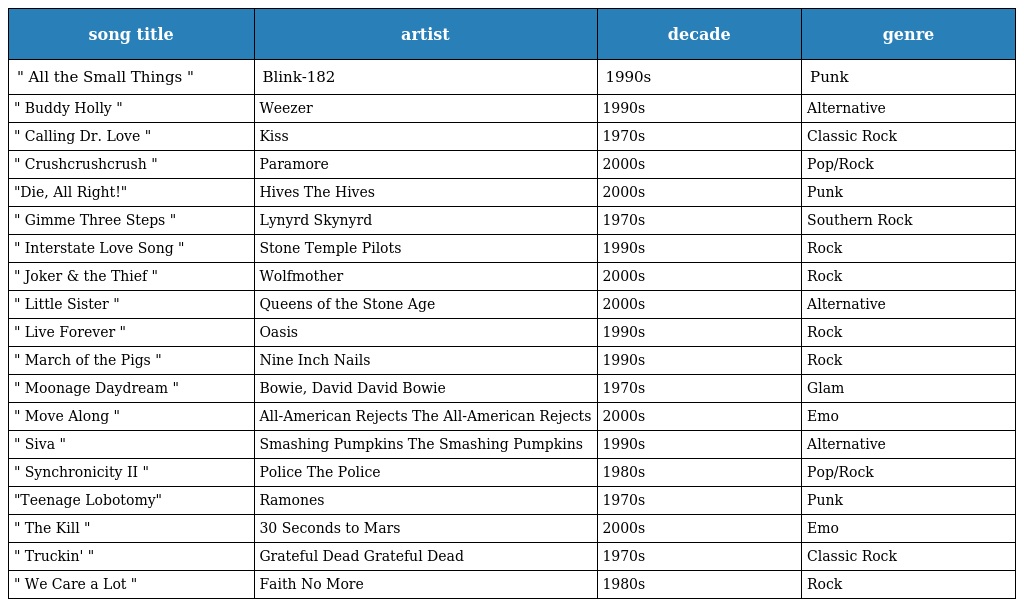
| song title | artist | decade | genre |
 | --- | --- | --- | --- |
 | " All the Small Things " | Blink-182 | 1990s | Punk |
 | " Buddy Holly " | Weezer | 1990s | Alternative |
 | " Calling Dr. Love " | Kiss | 1970s | Classic Rock |
 | " Crushcrushcrush " | Paramore | 2000s | Pop/Rock |
 | "Die, All Right!" | Hives The Hives | 2000s | Punk |
 | " Gimme Three Steps " | Lynyrd Skynyrd | 1970s | Southern Rock |
 | " Interstate Love Song " | Stone Temple Pilots | 1990s | Rock |
 | " Joker & the Thief " | Wolfmother | 2000s | Rock |
 | " Little Sister " | Queens of the Stone Age | 2000s | Alternative |
 | " Live Forever " | Oasis | 1990s | Rock |
 | " March of the Pigs " | Nine Inch Nails | 1990s | Rock |
 | " Moonage Daydream " | Bowie, David David Bowie | 1970s | Glam |
 | " Move Along " | All-American Rejects The All-American Rejects | 2000s | Emo |
 | " Siva " | Smashing Pumpkins The Smashing Pumpkins | 1990s | Alternative |
 | " Synchronicity II " | Police The Police | 1980s | Pop/Rock |
 | "Teenage Lobotomy" | Ramones | 1970s | Punk |
 | " The Kill " | 30 Seconds to Mars | 2000s | Emo |
 | " Truckin' " | Grateful Dead Grateful Dead | 1970s | Classic Rock |
 | " We Care a Lot " | Faith No More | 1980s | Rock |